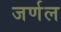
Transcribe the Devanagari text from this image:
जर्णल